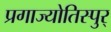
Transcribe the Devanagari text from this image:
प्रगाज्योतिस्पुर्